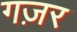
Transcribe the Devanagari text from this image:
गज़र